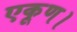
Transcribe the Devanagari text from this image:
एकूण।